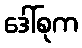
ဒေါ်စုက